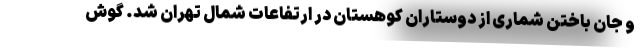
و جان باختن شماری از دوستاران کوهستان در ارتفاعات شمال تهران شد. گوش